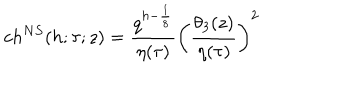
LaTeX: c h ^ { N S } ( h ; \tau ; z ) = { \frac { q ^ { h - { \frac { 1 } { 8 } } } } { \eta ( \tau ) } } \left( { \frac { \theta _ { 3 } ( z ) } { \eta ( \tau ) } } \right) ^ { 2 }